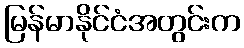
မြန်မာနိုင်ငံအတွင်းက